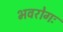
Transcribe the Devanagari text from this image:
भवरोगः